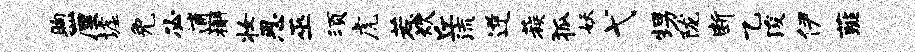
煦厘墟免必逋槲妆思巫须虎惹炊丘流逆蔟狐妖弋甥陇断乙浚伊薤